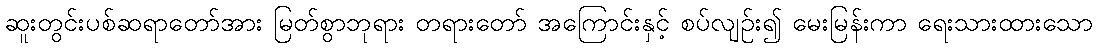
ဆူးတွင်းပစ်ဆရာတော်အား မြတ်စွာဘုရား တရားတော် အကြောင်းနှင့် စပ်လျဉ်း၍ မေးမြန်းကာ ရေးသားထားသော